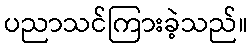
ပညာသင်ကြားခဲ့သည်။